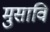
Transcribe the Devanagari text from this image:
मुसावि